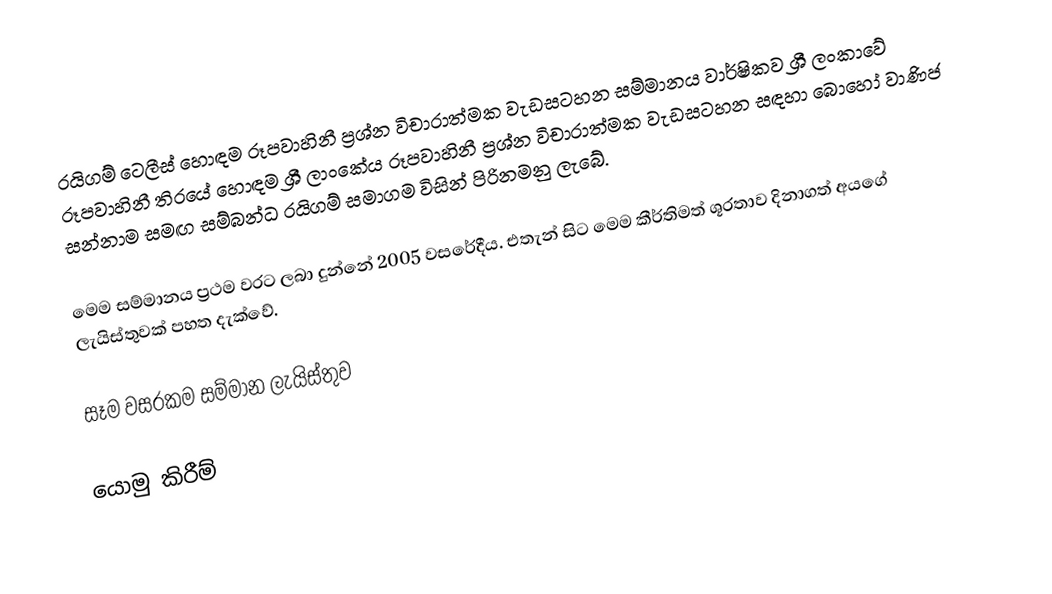
රයිගම් ටෙලීස් හොඳම රූපවාහිනී ප්‍රශ්න විචාරාත්මක වැඩසටහන සම්මානය වාර්ෂිකව ශ්‍රී ලංකාවේ රූපවාහිනී තිරයේ හොඳම ශ්‍රී ලාංකේය රූපවාහිනී ප්‍රශ්න විචාරාත්මක වැඩසටහන සඳහා බොහෝ වාණිජ සන්නාම සමඟ සම්බන්ධ රයිගම් සමාගම විසින් පිරිනමනු ලැබේ.

මෙම සම්මානය ප්‍රථම වරට ලබා දුන්නේ 2005 වසරේදීය. එතැන් සිට මෙම කීර්තිමත් ශූරතාව දිනාගත් අයගේ ලැයිස්තුවක් පහත දැක්වේ.

සෑම වසරකම සම්මාන ලැයිස්තුව

යොමු කිරීම්